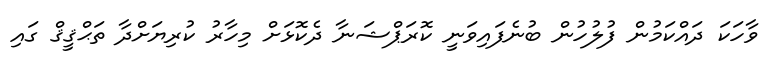
ވާހަކަ ދައްކަމުން ފުލުހުން ބުނެފައިވަނީ ކޮރަޕްޝަނާ ދެކޮޅަށް މިހާރު ކުރިޔަށްދާ ތަޙްޤީޤް ގައި